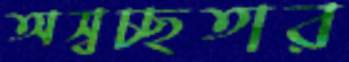
অস্বচ্ছতার